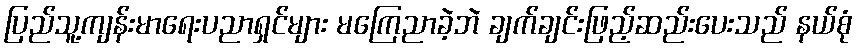
ပြည်သူ့ကျန်းမာရေးပညာရှင်များ မကြေညာခဲ့ဘဲ ချက်ချင်းဖြည့်ဆည်းပေးသည် နယ်စုံ